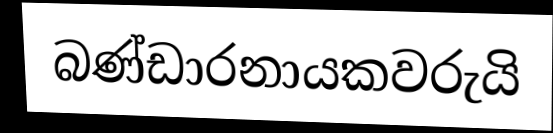
බණ්ඩාරනායකවරුයි